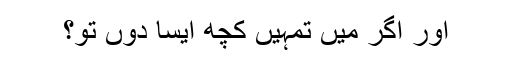
اور اگر میں تمہیں کچھ ایسا دوں تو؟